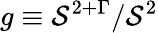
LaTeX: g\equiv\mathcal{S}^{2+\Gamma}/\mathcal{S}^{2}